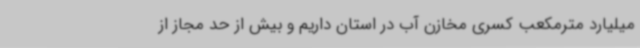
میلیارد مترمکعب کسری مخازن آب در استان داریم و بیش از حد مجاز از